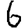
Digit: 6